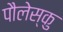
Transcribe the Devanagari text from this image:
पौलेस्कु